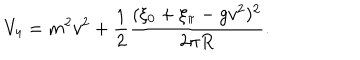
V _ { 4 } = m ^ { 2 } v ^ { 2 } + { \frac { 1 } { 2 } } { \frac { ( \xi _ { 0 } + \xi _ { \pi } - g v ^ { 2 } ) ^ { 2 } } { 2 \pi R } } .